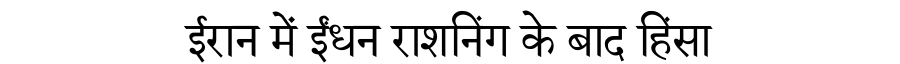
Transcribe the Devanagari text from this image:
ईरान में ईंधन राशनिंग के बाद हिंसा